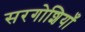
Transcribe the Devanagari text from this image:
सरगोशियाँ